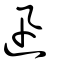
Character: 迅